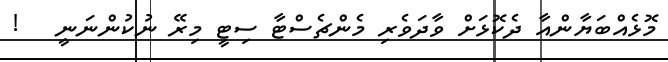
މޮޅެއްބަޔާންއާ ދެކޮޅަށް ވާދަވެރި މެންޗެސްޓާ ސިޓީ މިރޭ ނުކުންނަނީ   !